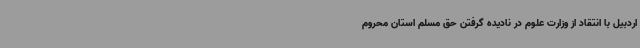
اردبیل با انتقاد از وزارت علوم در نادیده گرفتن حق مسلم استان محروم